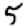
Digit: 5